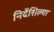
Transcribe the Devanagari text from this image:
निर्देशिल्या